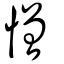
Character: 憎